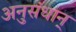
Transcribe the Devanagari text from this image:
अनुसंधान्